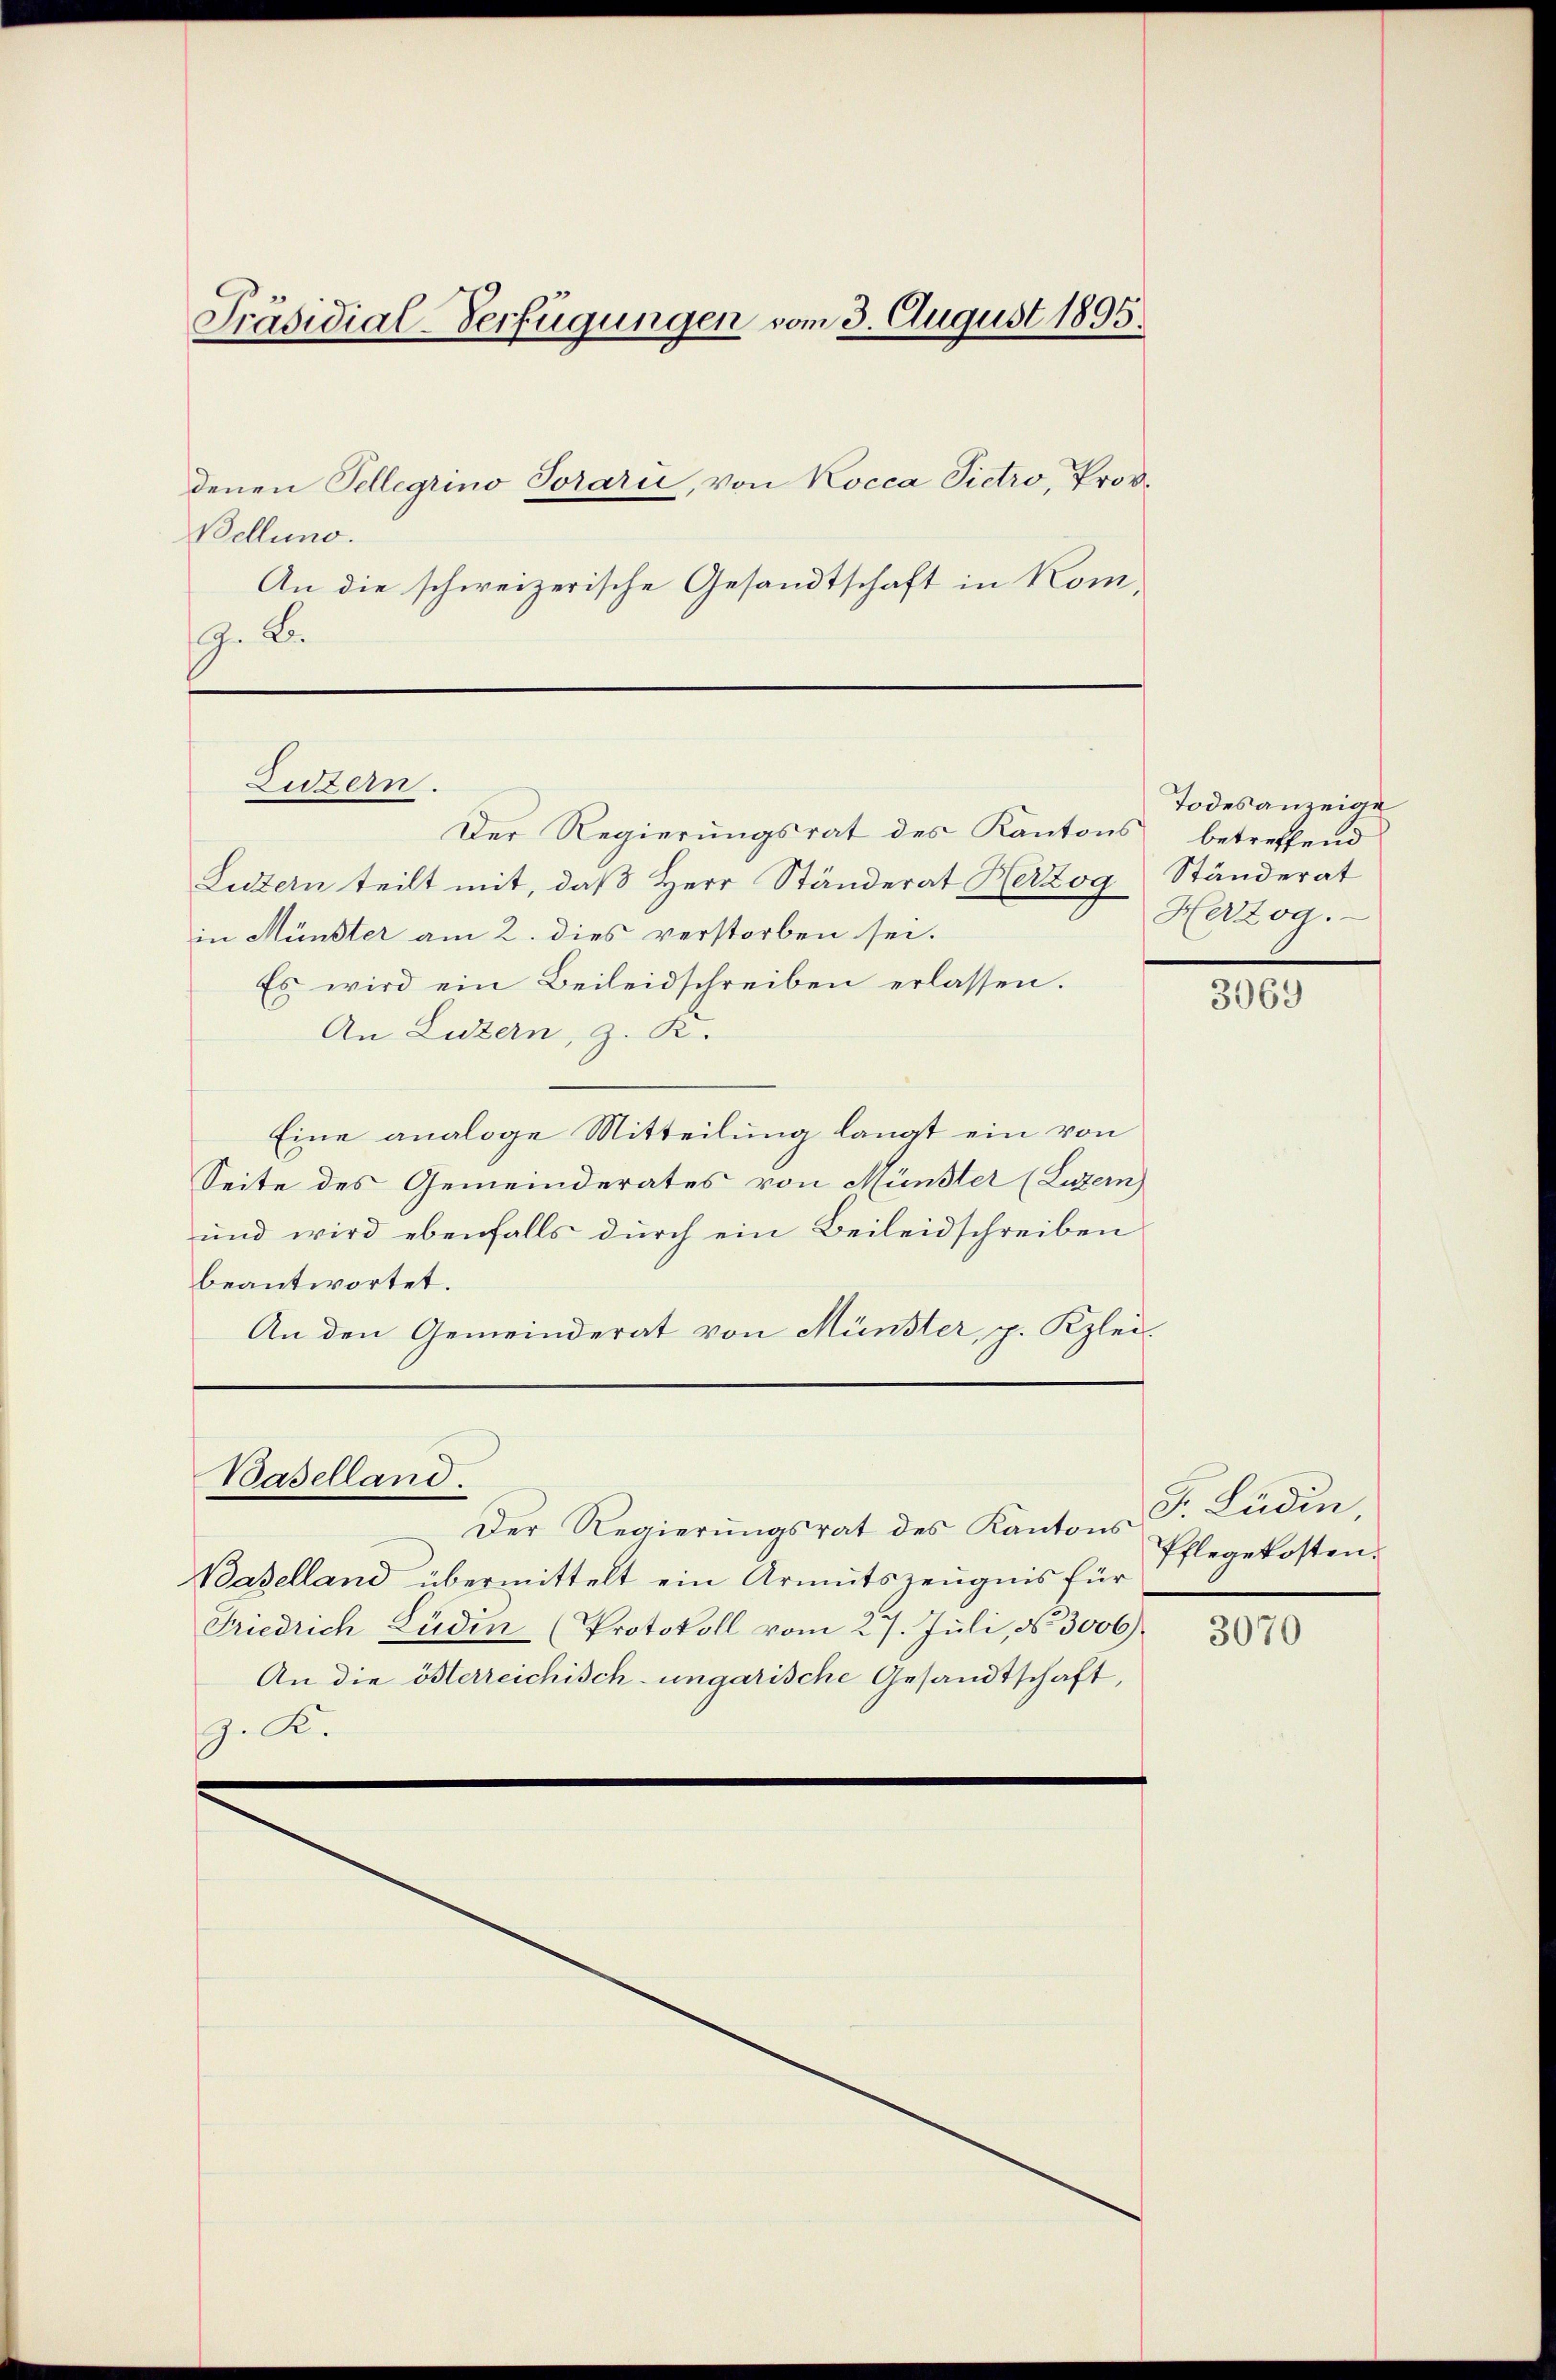
Präsidial-Verfügungen vom 3. August 1895.
denen Tellegiino Torarii, von Kocca Pictro, Prov.
Bellung.

An die schweizerische Gesandtschaft in Kom-
9. Be

Luzern.

Der Regierungsrat des Kantons betreffend
Luzern teilt mit, daß Herr Ständerat Herzog Ständerat
in Münster am 2. dies verstorben sei.
Es wird ein Beileidschreiben erlassen.
An Luzern, z. K.
Eine analoge Mitteilung langt ein von
Seite des Gemeinderates von Münster (Luzern)
und wird ebenfalls durch ein Beileidschreiben
beantwortet.
An den Gemeinderat von Münster, p. Kzlei-
Baselland.
Der Regierungsrat des Kantons Fr. Büdin
Baselland übermittelt ein Armutszeugnis für
Friedrich Lüdin (Protokoll vom 27. Juli, No. 3006).
An die österreichisch-ungarische Gesandtschaft,
G. B.

Todesanzeige
Herzog.

3069

Pflegekosten.

3070